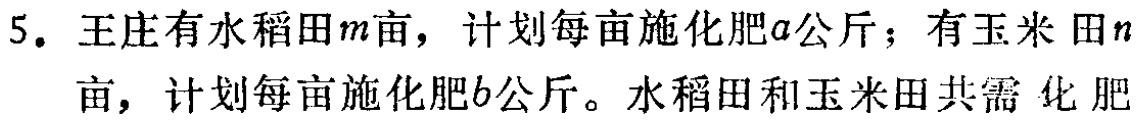
5. 王庄有水稻田\(m\)亩，计划每亩施化肥\(a\)公斤；有玉米田\(n\)亩，计划每亩施化肥\(b\)公斤。水稻田和玉米田共需化肥